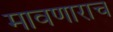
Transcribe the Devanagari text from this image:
मावणाराच